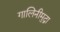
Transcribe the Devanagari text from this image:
गालिनीमुद्रा